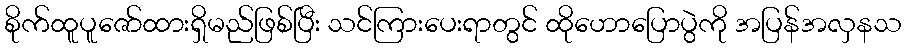
စိုက်ထူပူဇော်ထားရှိမည်ဖြစ်ပြီး သင်ကြားပေးရာတွင် ထိုဟောပြောပွဲကို အပြန်အလှနသ